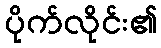
ပိုက်လိုင်း၏